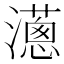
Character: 𤁬